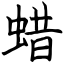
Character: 蜡